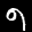
Label: 9